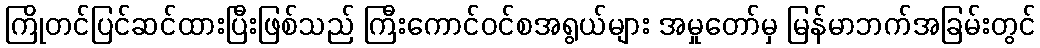
ကြိုတင်ပြင်ဆင်ထားပြီးဖြစ်သည် ကြီးကောင်ဝင်စအရွယ်များ အမှုတော်မှ မြန်မာဘက်အခြမ်းတွင်